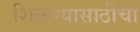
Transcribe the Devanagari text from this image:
शिकण्यासाठीचा